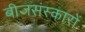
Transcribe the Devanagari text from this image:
बीजसंस्कारों